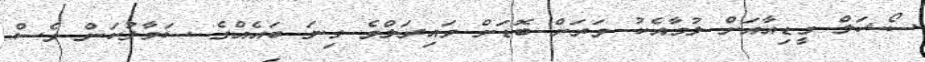
ސޯޝަލް މީޑިއާއަށް ލުމާއެކު ވަރަށް ބޮޑަށް ވައިރަލްވެ ގިނަ ބައެއްގެ ސަމާލުކަން ވެސް